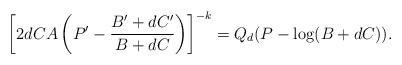
LaTeX: \begin{align*} \left[ 2d CA \left( P' - \frac{B'+dC'}{B+dC} \right) \right]^{-k} = Q_d (P - \log (B+dC) ) .\end{align*}